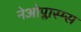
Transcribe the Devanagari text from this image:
नेओप्लास्म्स